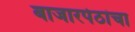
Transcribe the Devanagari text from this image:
बाजारपेठांचा